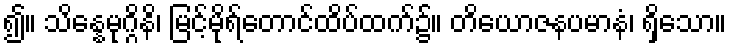
၍။ သိန္နေမုဂ္ဂိနိ၊ မြင့်မိုရ်တောင်ထိပ်ထက်၌။ တိယောဇနပမာနံ၊ ရှိသော။